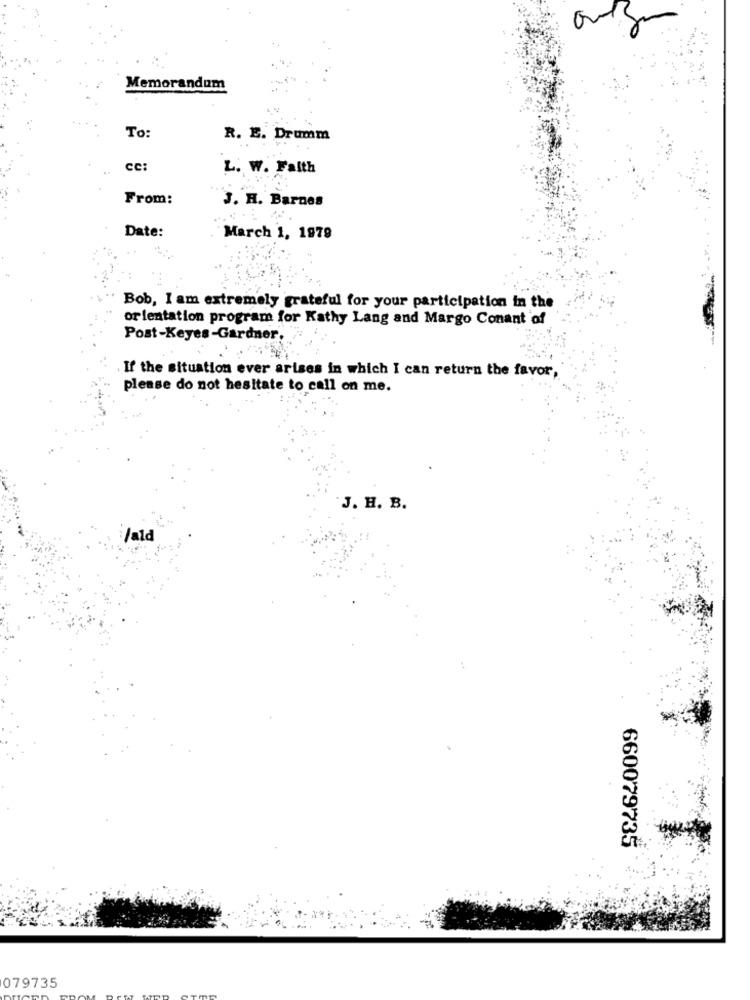
Memorandum
To:
R. E. Drumm
cc:
L. W. Faith
From:
J. H. Barnes
.. :
Date:
March 1, 1979
Bob, I am extremely grateful for your participation in the
orientation program for Kathy Lang and Margo Conant of
Post-Keyes-Gardner,
If the situation ever arises in which I can return the favor,
please do not hesitate to call on me.
J. H. B.
Vald
660079735
079735